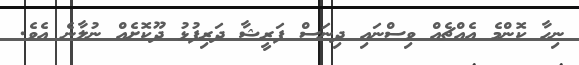
ނިހާ ކޮންމެ އެއްޗެއް ވިސްނައި ދިނަސް ފަރީޝާ ދަރިފުޅު ދޫކޮށެއް ނުލާނެ އެވެ.